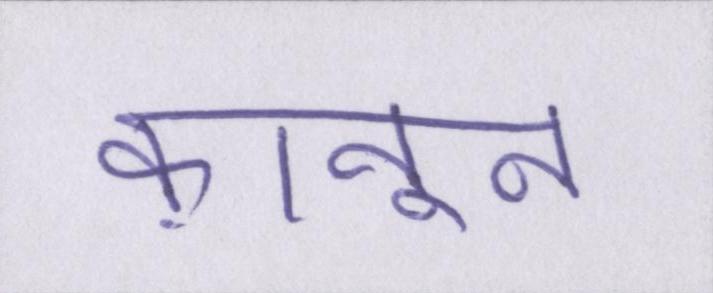
क़ानून